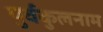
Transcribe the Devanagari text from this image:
पुर्वकुलनाम